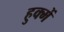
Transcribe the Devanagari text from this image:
हुक्में